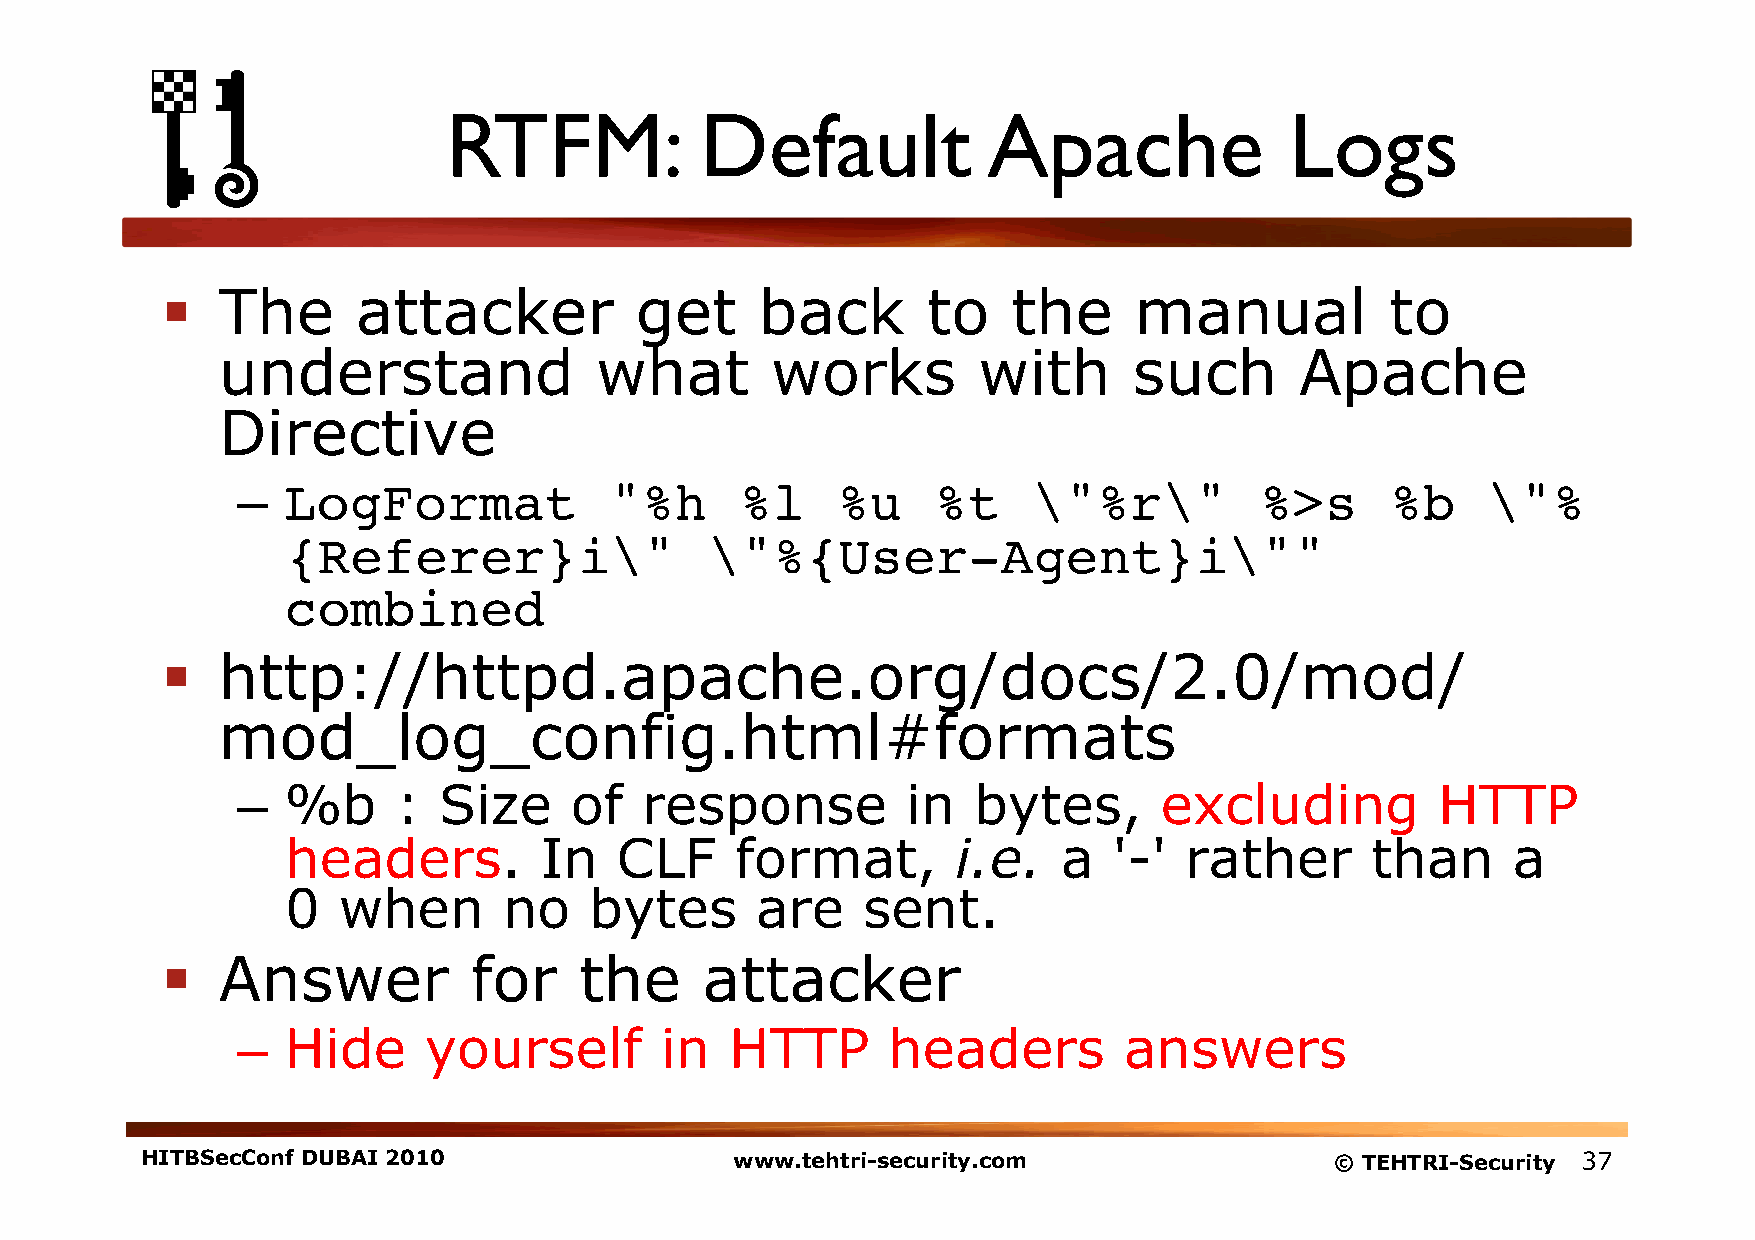
RTFM:           Default            Apache              Logs
   The       attacker          get     back       to    the     manual           to
 understand               what        works         with      such       Apache
 Directive
 –  LogFormat            "%h      %l    %u     %t    \"%r\"         %>s      %b    \"%
 {Referer}i\"                \"%{User-Agent}i\""
 combined!
   http://httpd.apache.org/docs/2.0/mod/
 mod_log_config.html#formats
 –  %b     :  Size     of  response          in  bytes,       excluding         HTTP
 headers.         In   CLF     format,       i.e.   a   '-' rather       than     a
 0  when       no    bytes      are    sent.
   Answer           for    the     attacker
 –  Hide     yourself        in  HTTP       headers        answers
 HITBSecConf DUBAI 2010                  www.tehtri-security.com                © TEHTRI-Security 37